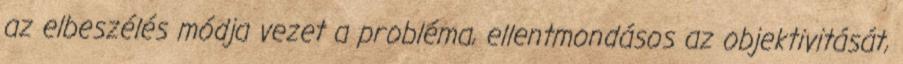
az elbeszélés módja vezet a probléma, ellentmondásos az objektivitását,